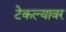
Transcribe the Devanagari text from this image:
टेकल्यावर